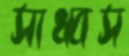
সাধ্বস